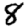
Digit: 8